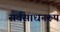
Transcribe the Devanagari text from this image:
सर्वसाधनरूप